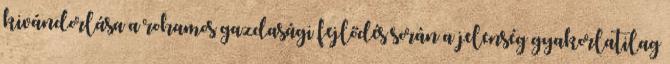
kivándorlása a rohamos gazdasági fejlődés során a jelenség gyakorlatilag